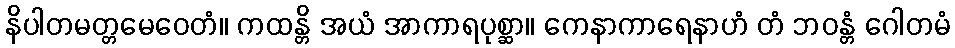
နိပါတမတ္တမေဝေတံ။ ကထန္တိ အယံ အာကာရပုစ္ဆာ။ ကေနာကာရေနာဟံ တံ ဘဝန္တံ ဂေါတမံ